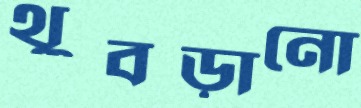
থুবড়ানো